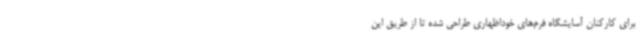
برای کارکنان آسایشگاه فرم‌های خوداظهاری طراحی شده تا از طریق این